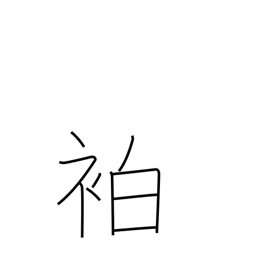
Meaning: warrior's headband